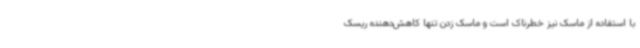
با استفاده از ماسک نیز خطرناک است و ماسک زدن تنها کاهش‌دهنده ریسک